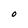
Character: O